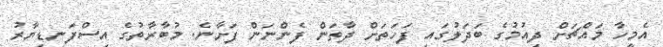
އެމީހާ މައްޗަށް ދިއުމުގެ ބަދަލުގައި ފަހަތަށް ދާތަން ފެންނަން ފަށާނެ. މުބާރާތުގެ އިސްފަނޑިޔާރު